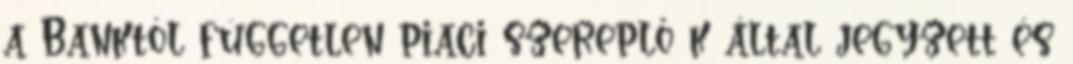
a Banktól független piaci szereplő k által jegyzett és